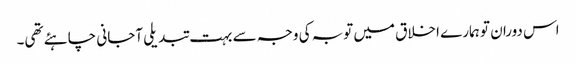
اس دوران تو ہمارے اخلاق میں توبہ کی وجہ سے بہت تبدیلی آجانی چاہئے تھی۔